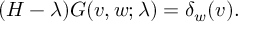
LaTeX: ( H - \lambda ) G ( v , w ; \lambda ) = \delta _ { w } ( v ) .